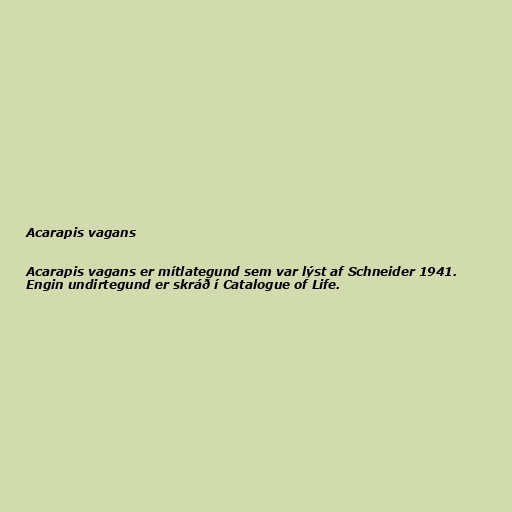
Acarapis vagans

Acarapis vagans er mítlategund sem var lýst af Schneider 1941.
Engin undirtegund er skráð í Catalogue of Life.